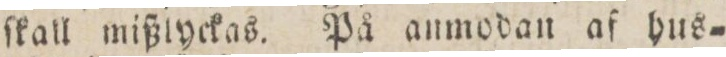
ſkall mißlyckas. På anmodan af hus=